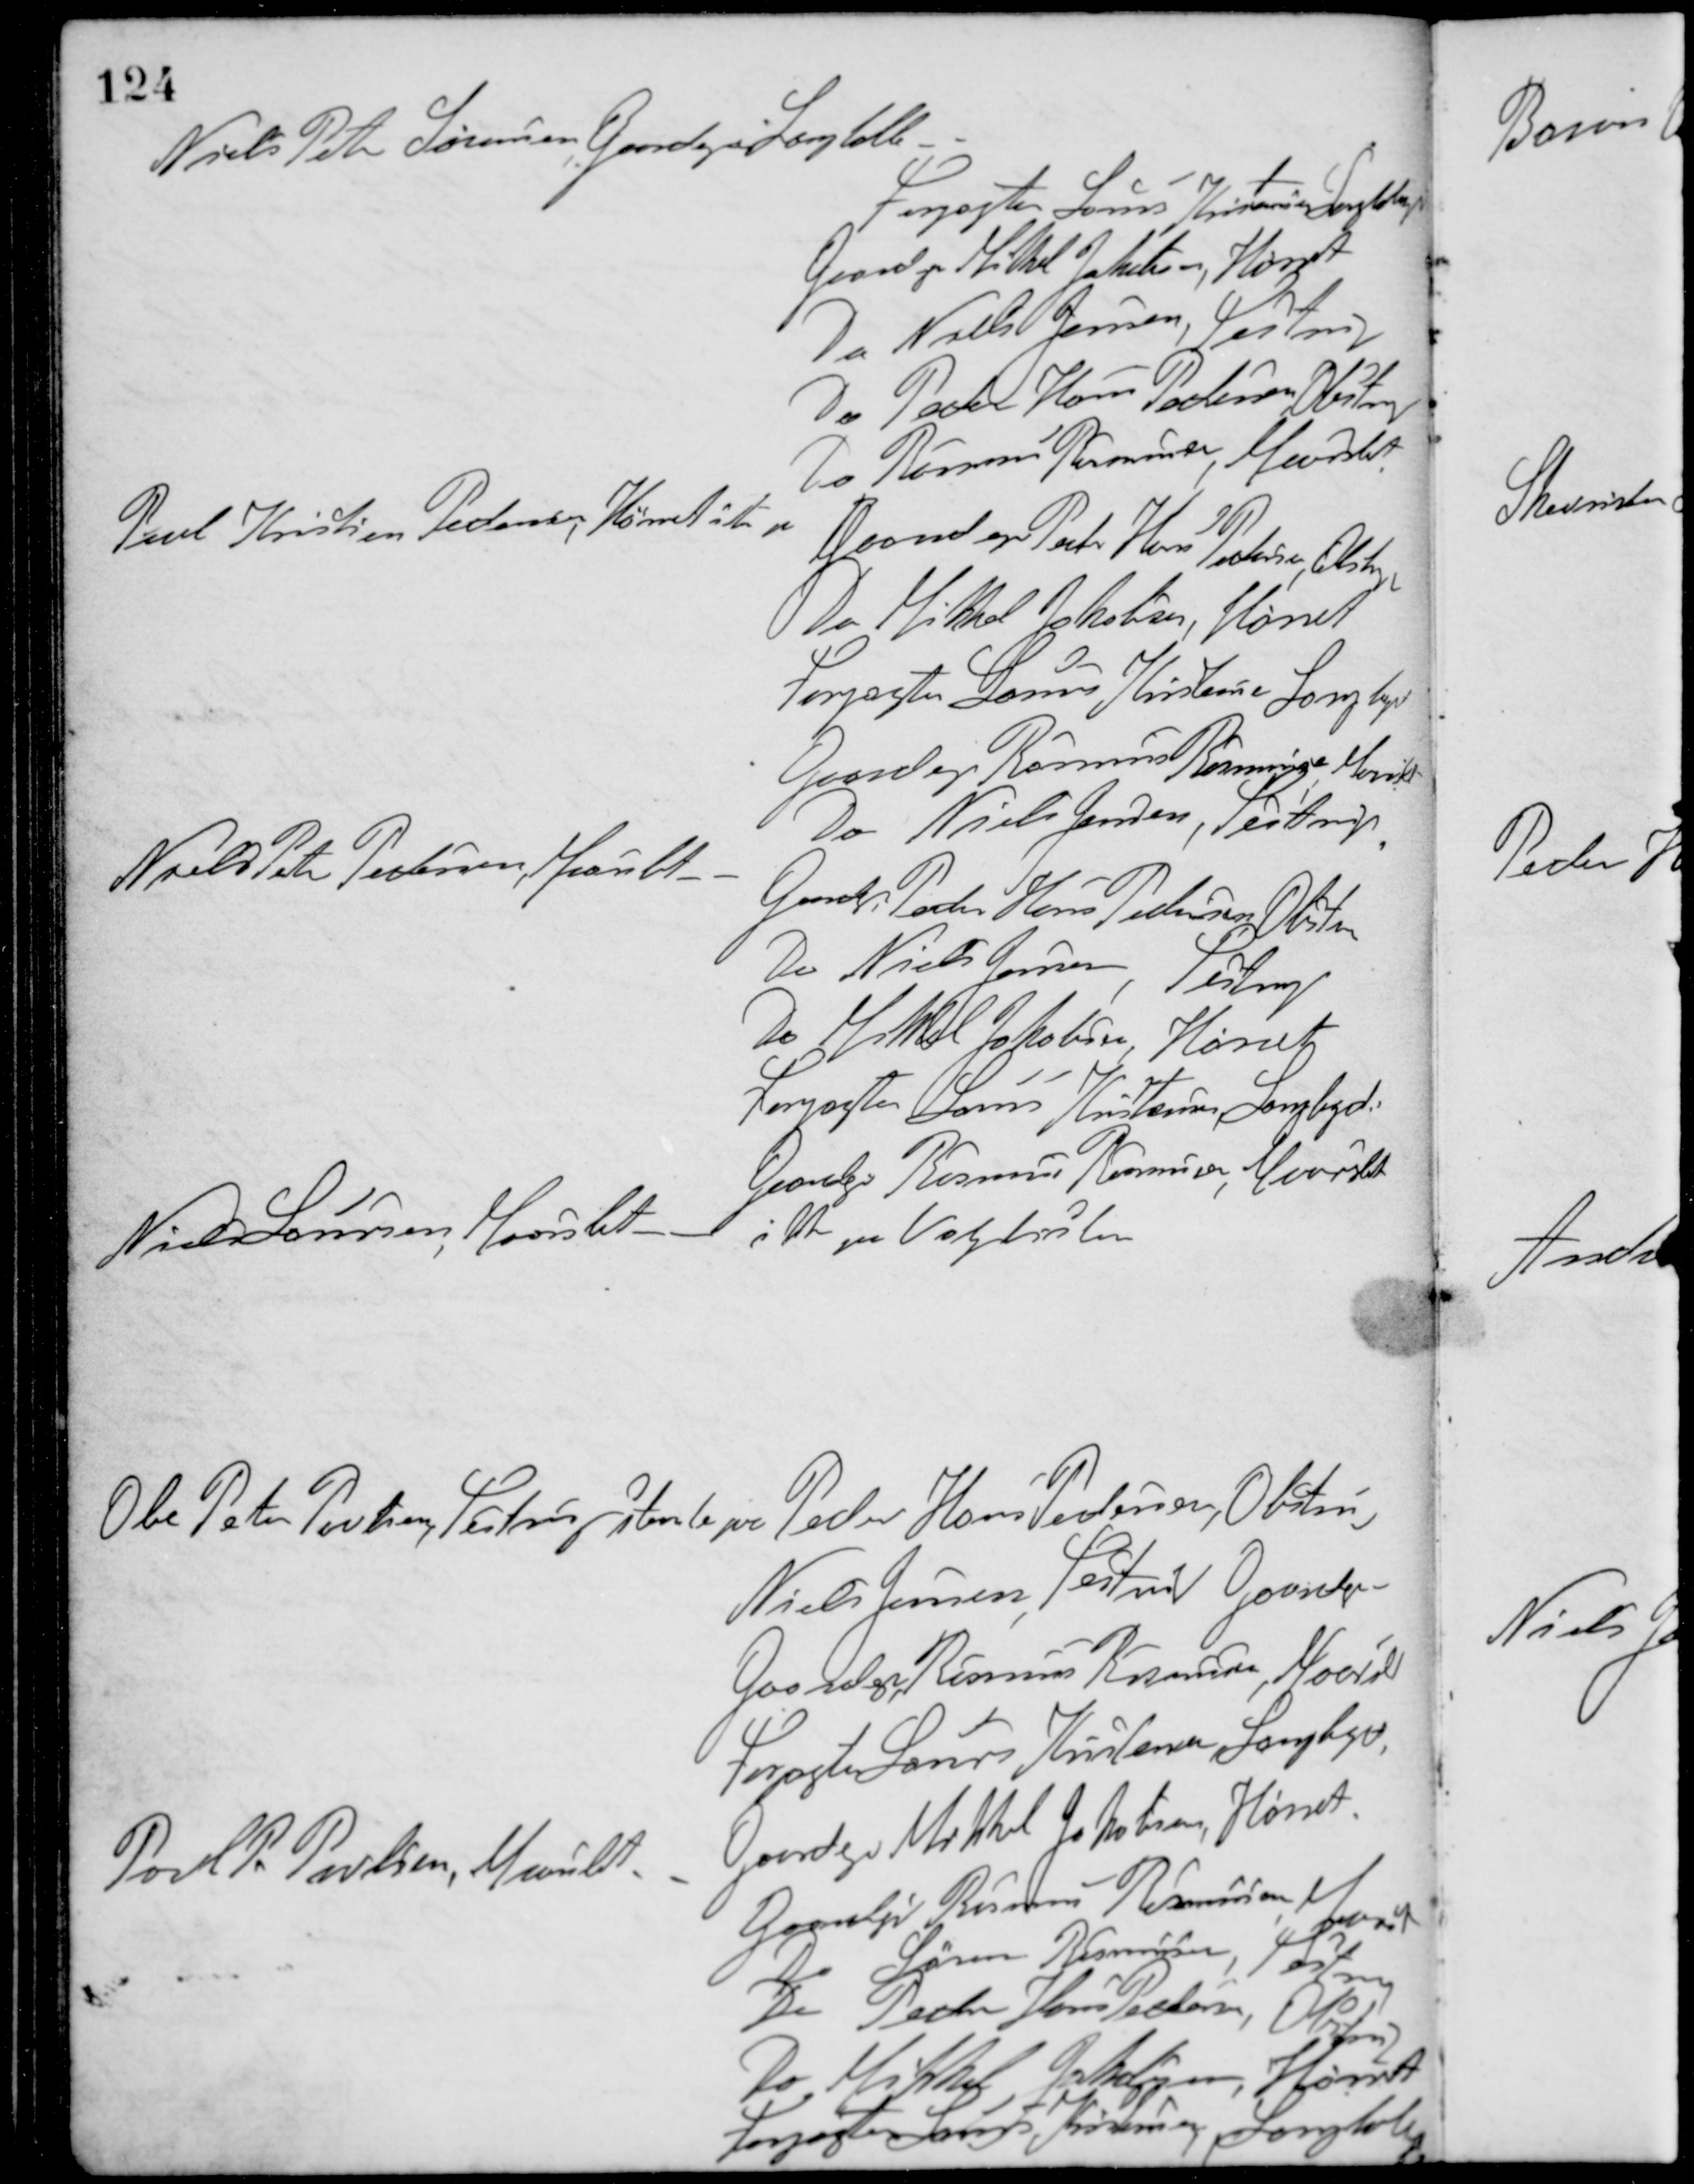
Transskription:
Niels Peter Sørensen, Gaardejer i Langballe - -
Forpagter Laurs Kristensen, Langballe
Gaardejer Mikkel Jakobsen, Hørret
Do Niels Jensen, Testrup
Do Peder Hans Pedersen, Obstrup
Do Rasmus Rasmussen, Maarslet
Poul Kristian Pedersen, Hørnet stemte paa
Gaardejer Peter Hans Pedersen, Obstrup
Do Mikkel Jakobsen, Hørret
Forpagter Laurs Kristensen Langballe
Gaardejer Rasmus Rasmussen, Maarslet
Do Niels Jensen, Testrup
Niels Peter Pedersen, Maarslet - -
Gaardejer Peder Hans Pedersen, Obstrup
Do Niels Jensen, Testrup
Do Mikkel Jakobsen, Hørret
Forpagter Laurs Kristensen, Langbgd.
Gaardejer Rasmus Rasmussen, Maarslet
Niels Laursen, Maarslet
ikke paa Valglisten
Ole Peter Povlsen, Testrup stemte paa Peder Hans Pedersen, Obstrup
Niels Jensen, Testrup Gaardejer
Gaardejer Rasmus Rasmussen, Maarslet
Forpagter Laurs Kristensen, Langballe
Gaardejer Mikkel Jakobsen, Hørret
Poul P. Poulsen, Maarslet - -
Gaardejer Rasmus Rasmussen, Maarslet
Do Søren Rasmussen, Testrup
Do Peder Hans Pedersen, Obstrup
Do Mikkel Jakobsen, Hørret
Forpagter Laurs Kristensen, Langballe